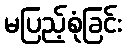
မပြည့်စုံခြင်း